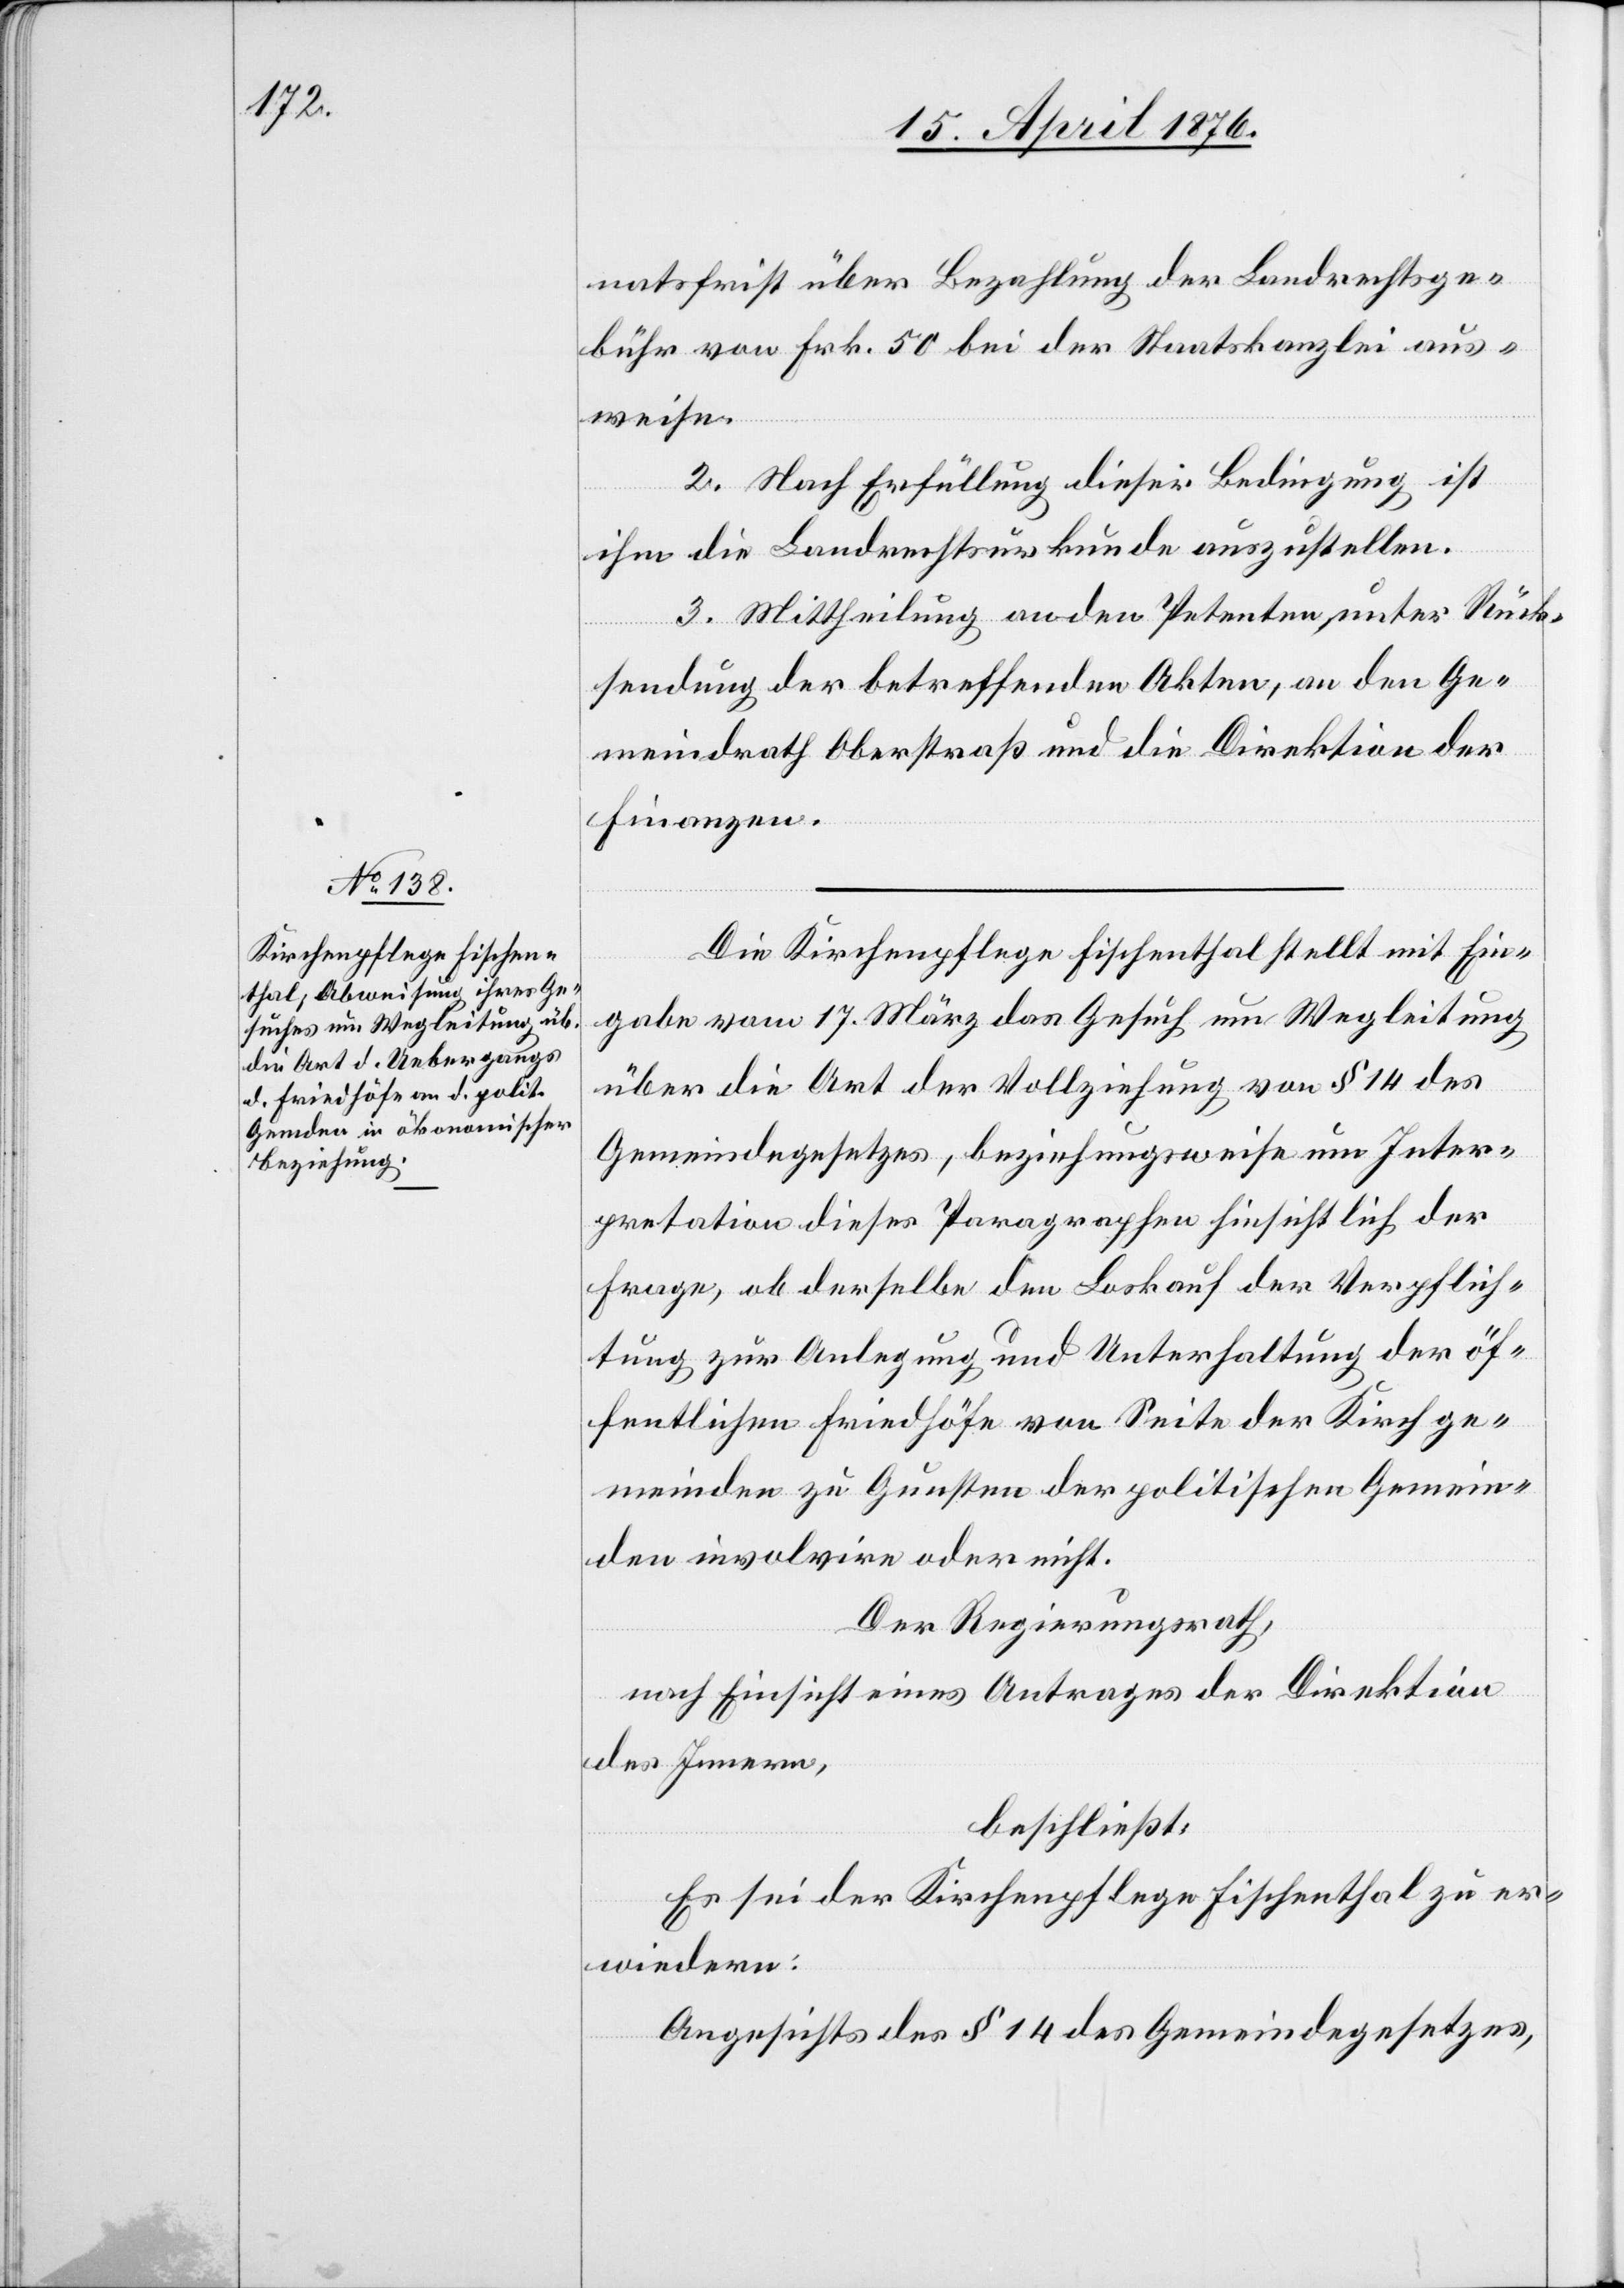
natsfrist über Bezahlung der Landrechtsge¬
bühr von Frk. 50 bei der Staatskanzlei aus¬
weise.
2. Nach Erfüllung dieser Bedingung ist
ihm die Landrechtsurkunde auszustellen.
3. Mittheilung an den Petenten, unter Rück¬
sendung der betreffenden Akten, an den Ge¬
meindrath Oberstraß und die Direktion der
Finanzen.
Die Kirchenpflege Fischenthal stellt mit Ein¬
gabe vom 17. März das Gesuch um Wegleitung
über die Art der Vollziehung von § 14 des
Gemeindegesetzes, beziehungsweise um Inter¬
pretation dieser Paragraphen hinsichtlich der
Frage, ob derselbe den Loskauf der Verpflich¬
tung zur Anlegung und Unterhaltung der öf¬
fentlichen Friedhöfe von Seite der Kirchge¬
meinde zu Gunsten der politischen Gemein¬
den involvire oder nicht.
Der Regierungsrath,
nach Einsicht eines Antrages der Direktion
des Innern,
beschließt:
Es sei der Kirchenpflege Fischenthal zu er¬
wiedern:
Angesichts des § 14 des Gemeindegesetzes,